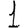
Digit: 1